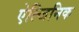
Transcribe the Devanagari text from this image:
ऐल्जिनिक